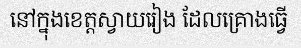
នៅក្នុងខេត្តស្វាយរៀង ដែលគ្រោងធ្វើ